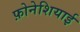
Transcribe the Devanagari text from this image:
फ़ोनेशियाई